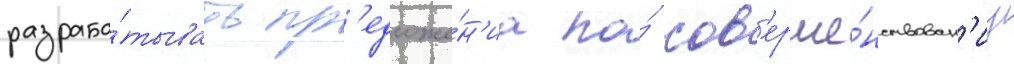
разраба́тывать пр'едложе́н'иа по́ сов'ерше́нствован'иу